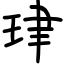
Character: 珒